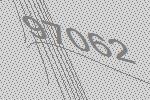
97062